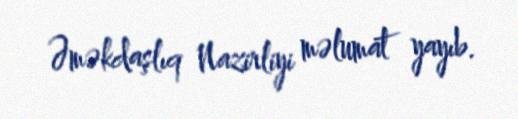
Əməkdaşlıq Nazirliyi məlumat yayıb.